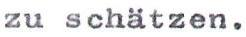
zu schätzen.